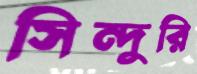
সিন্দুরি